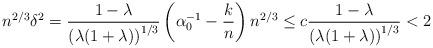
LaTeX: \begin{align*}n^{2/3}\delta^2=\frac{1-\lambda}{\left(\lambda(1+\lambda)\right)^{1/3}}\left(\alpha_0^{-1}-\frac{k}{n}\right)n^{2/3}\leq c\frac{1-\lambda}{\left(\lambda(1+\lambda)\right)^{1/3}}< 2\end{align*}